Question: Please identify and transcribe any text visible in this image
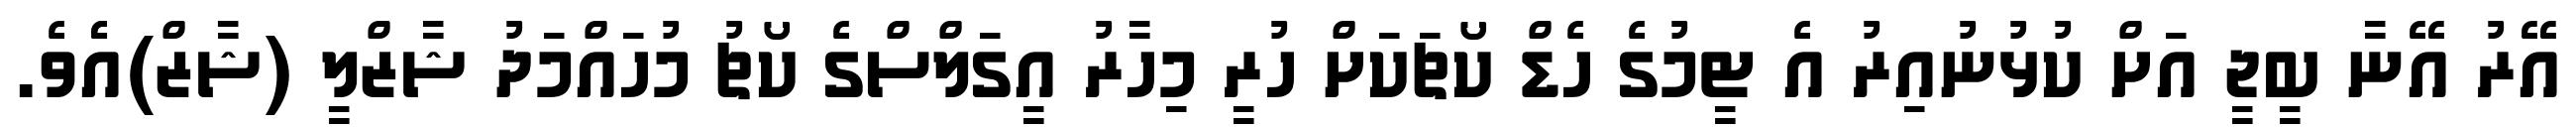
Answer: އޭރު އޭނާ ބީޖީ އަށް ކުޅުނުއިރު އެ ޓީމުގެ ހެޑް ކޯޗަކަށް ހުރީ މިހާރު އީގަލްސްގެ ކޯޗު މުހައްމަދު ޝާޒްލީ (ޝާޒް)އެެވެ.